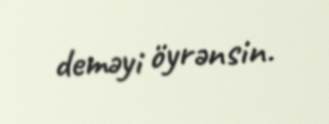
deməyi öyrənsin.